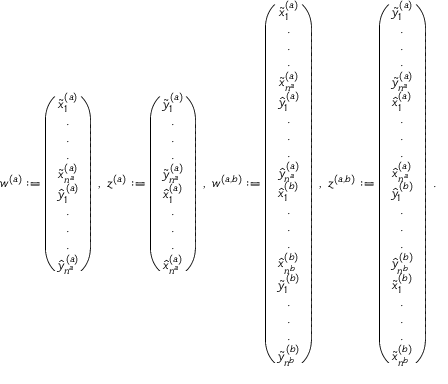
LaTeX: w ^ { ( a ) } : = \left( \begin{array} { c } { { \tilde { x } _ { 1 } ^ { ( a ) } } } \\ { { . } } \\ { { . } } \\ { { . } } \\ { { \tilde { x } _ { n ^ { a } } ^ { ( a ) } } } \\ { { \hat { y } _ { 1 } ^ { ( a ) } } } \\ { { . } } \\ { { . } } \\ { { . } } \\ { { \hat { y } _ { n ^ { a } } ^ { ( a ) } } } \end{array} \right) \; , \; z ^ { ( a ) } : = \left( \begin{array} { c } { { \tilde { y } _ { 1 } ^ { ( a ) } } } \\ { { . } } \\ { { . } } \\ { { . } } \\ { { \tilde { y } _ { n ^ { a } } ^ { ( a ) } } } \\ { { \hat { x } _ { 1 } ^ { ( a ) } } } \\ { { . } } \\ { { . } } \\ { { . } } \\ { { \hat { x } _ { n ^ { a } } ^ { ( a ) } } } \end{array} \right) \; , \; w ^ { ( a , b ) } : = \left( \begin{array} { c } { { \tilde { x } _ { 1 } ^ { ( a ) } } } \\ { { . } } \\ { { . } } \\ { { . } } \\ { { \tilde { x } _ { n ^ { a } } ^ { ( a ) } } } \\ { { \hat { y } _ { 1 } ^ { ( a ) } } } \\ { { . } } \\ { { . } } \\ { { . } } \\ { { \hat { y } _ { n ^ { a } } ^ { ( a ) } } } \\ { { \hat { x } _ { 1 } ^ { ( b ) } } } \\ { { . } } \\ { { . } } \\ { { . } } \\ { { \hat { x } _ { n ^ { b } } ^ { ( b ) } } } \\ { { \tilde { y } _ { 1 } ^ { ( b ) } } } \\ { { . } } \\ { { . } } \\ { { . } } \\ { { \tilde { y } _ { n ^ { b } } ^ { ( b ) } } } \end{array} \right) \; , \; z ^ { ( a , b ) } : = \left( \begin{array} { c } { { \tilde { y } _ { 1 } ^ { ( a ) } } } \\ { { . } } \\ { { . } } \\ { { . } } \\ { { \tilde { y } _ { n ^ { a } } ^ { ( a ) } } } \\ { { \hat { x } _ { 1 } ^ { ( a ) } } } \\ { { . } } \\ { { . } } \\ { { . } } \\ { { \hat { x } _ { n ^ { a } } ^ { ( a ) } } } \\ { { \hat { y } _ { 1 } ^ { ( b ) } } } \\ { { . } } \\ { { . } } \\ { { . } } \\ { { \hat { y } _ { n ^ { b } } ^ { ( b ) } } } \\ { { \tilde { x } _ { 1 } ^ { ( b ) } } } \\ { { . } } \\ { { . } } \\ { { . } } \\ { { \tilde { x } _ { n ^ { b } } ^ { ( b ) } } } \end{array} \right) \; .